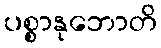
ပစ္စာနုဘောတိ